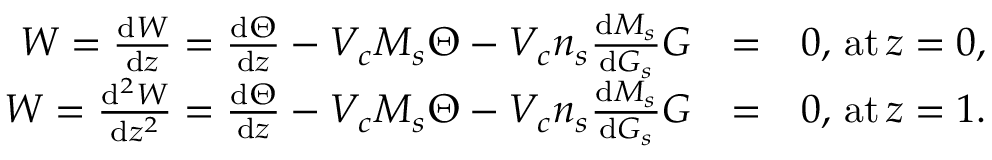
\begin{array} { r l r } { W = \frac { \ensuremath { \mathrm { d } } W } { \ensuremath { \mathrm { d } } z } = \frac { \ensuremath { \mathrm { d } } \Theta } { \ensuremath { \mathrm { d } } z } - V _ { c } M _ { s } \Theta - V _ { c } n _ { s } \frac { \ensuremath { \mathrm { d } } M _ { s } } { \ensuremath { \mathrm { d } } G _ { s } } G } & { = } & { 0 , \, \mathrm { a t } \, z = 0 , } \\ { W = \frac { \ensuremath { \mathrm { d } } ^ { 2 } W } { \ensuremath { \mathrm { d } } z ^ { 2 } } = \frac { \ensuremath { \mathrm { d } } \Theta } { \ensuremath { \mathrm { d } } z } - V _ { c } M _ { s } \Theta - V _ { c } n _ { s } \frac { \ensuremath { \mathrm { d } } M _ { s } } { \ensuremath { \mathrm { d } } G _ { s } } G } & { = } & { 0 , \, \mathrm { a t } \, z = 1 . } \end{array}